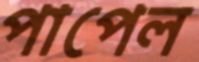
পাপেল